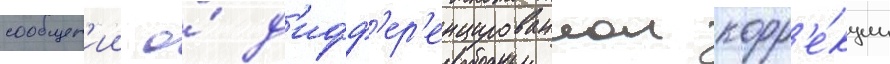
сообщен'ии о́ д'ифф'ер'енцированнои корр'е́кции